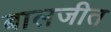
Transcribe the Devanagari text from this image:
बालजीत